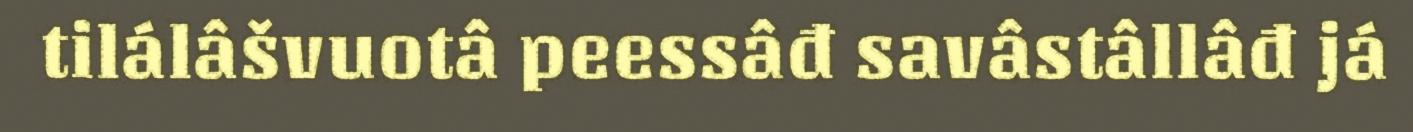
tilálâšvuotâ peessâđ savâstâllâđ já